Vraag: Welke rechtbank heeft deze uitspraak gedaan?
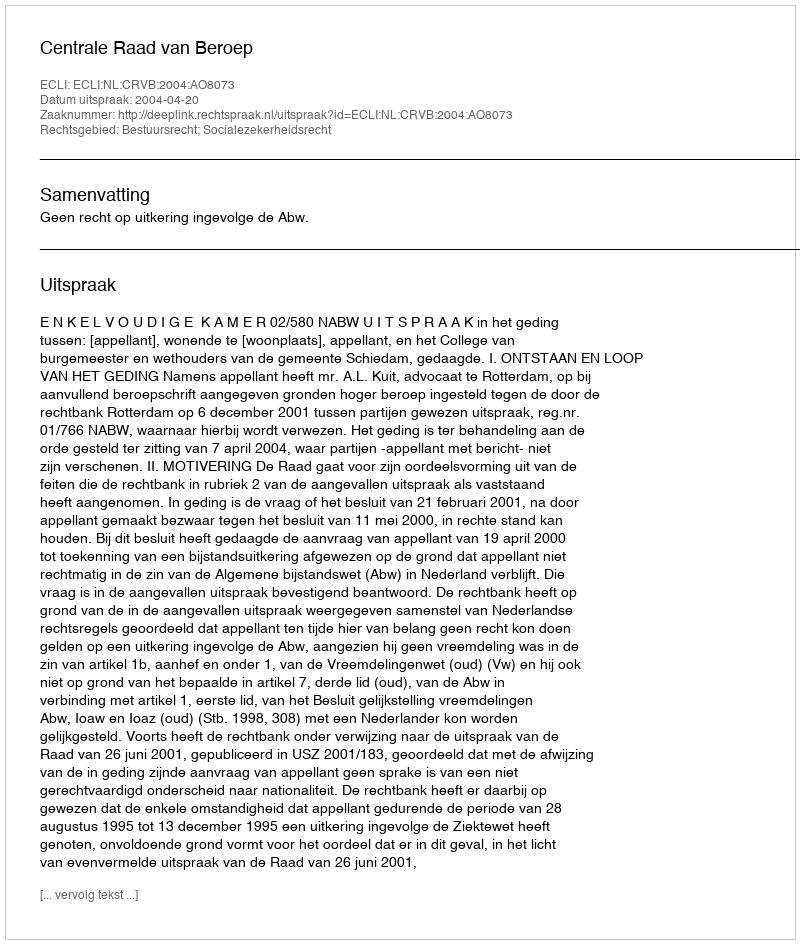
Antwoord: Centrale Raad van Beroep